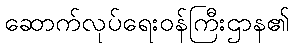
ဆောက်လုပ်ရေးဝန်ကြီးဌာန၏